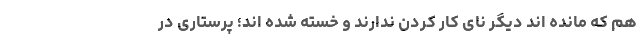
هم که مانده اند دیگر نای کار کردن ندارند و خسته شده اند؛ پرستاری در